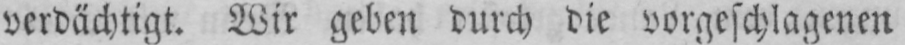
verdächtigt. Wir geben durch die vorgeschlagenen